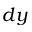
d y